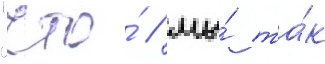
"что́ / мы́ та́к